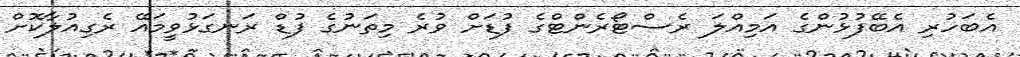
އެބަހުރި އެބޭފުޅުންގެ އަމިއްލަ ރެސްޓޯރެންޓްގެ ފުޑަށް ވުރެ މިތަނުގެ ފުޑް ރަނގަޅުވީމައޭ ރެގިއުލާކޮށް